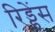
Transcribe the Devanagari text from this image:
रिड्डेंस